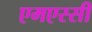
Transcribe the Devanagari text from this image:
एमएस्सी